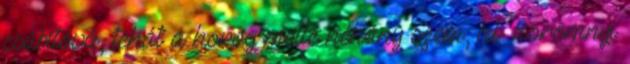
csábítóvá, tehát a horog mellé néhány szem, kb. körömnyi